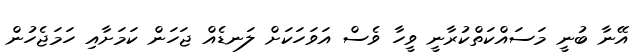
އޭނާ ބުނީ މަސައްކަތްކުރާނީ ވީހާ ވެސް އަވަހަކަށް ލަނޑެއް ޖަހަން ކަމަށާއި ހަމަޖެހުން